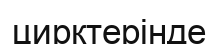
цирктерінде